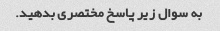
به سوال زیر پاسخ مختصری بدهید.